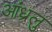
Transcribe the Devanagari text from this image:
आंध्रलु